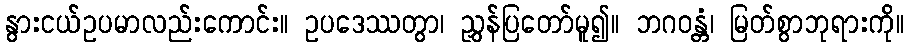
နွားငယ်ဥပမာလည်းကောင်း။ ဥပဒေဿတွာ၊ ညွှန်ပြတော်မူ၍။ ဘဂဝန္တံ၊ မြတ်စွာဘုရားကို။